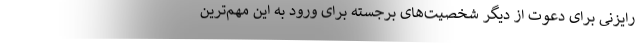
رایزنی برای دعوت از دیگر شخصیت‌های برجسته برای ورود به این مهم‌ترین